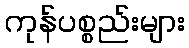
ကုန်ပစ္စည်းများ